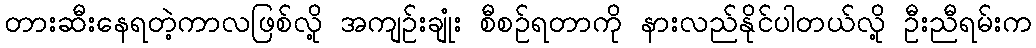
တားဆီးနေရတဲ့ကာလဖြစ်လို့ အကျဉ်းချုံး စီစဉ်ရတာကို နားလည်နိုင်ပါတယ်လို့ ဦးညီရမ်းက